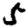
Digit: 5